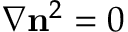
\nabla \mathbf n ^ { 2 } = 0